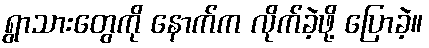
ရွာသားတွေကို နောက်က လိုက်ခဲ့ဖို့ ပြောခဲ့။